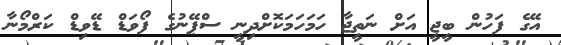
އޭގެ ފަހުން ބީޖީ އަށް ނަތީޖާ ހަމަހަމަކޮށްދިނީ ސްޕޭނުގެ ފޯވަޑް ޑޭވިޑް ކަރްމޯނާ